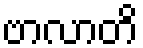
ဗာလာတိ